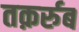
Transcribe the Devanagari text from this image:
तक़र्रुब